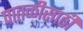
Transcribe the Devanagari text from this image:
पातळीसाठी